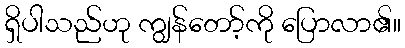
ရှိပါသည်ဟု ကျွန်တော့်ကို ပြောလာ၏။